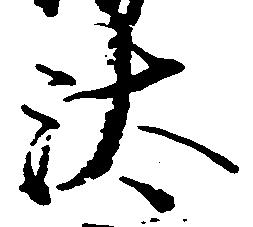
汰